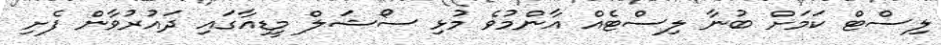
ލިސްޓް ކަމަށް ބުނާ ލިސްޓެއް އާންމުވެ މުޅި ސޯޝަލް މީޑިއާގައި ދައުރުވާން ފެށި